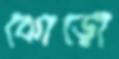
ঝোড়ো